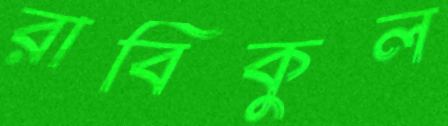
রাবিকুল